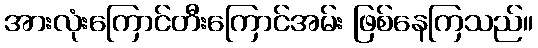
အားလုံးကြောင်တီးကြောင်အမ်း ဖြစ်နေကြသည်။